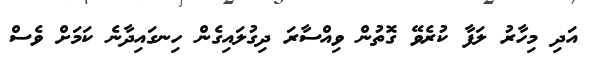
އަދި މިހާރު ލަފާ ކުރެވޭ ގޮތުން ވިއްސާރަ ދިގުލައިގެން ހިނގައިދާނެ ކަމަށް ވެސް